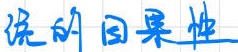
说明因果性